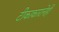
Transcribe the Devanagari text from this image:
टीकाकारानेही